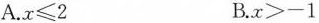
A. $$x ≤ 2$$ B. $$x > - 1$$